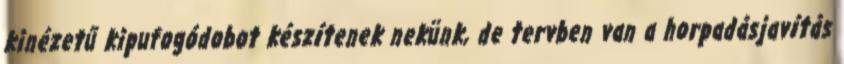
kinézetű kipufogódobot készítenek nekünk, de tervben van a horpadásjavítás